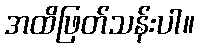
အထိဖြတ်သန်းပါ။